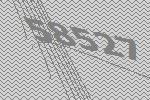
58527